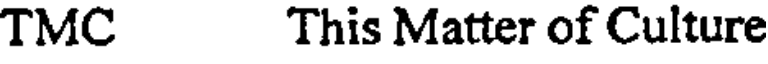
TMC This Matter of Culture